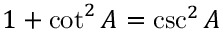
1 + \cot ^ { 2 } A = \csc ^ { 2 } A